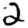
Digit: 2